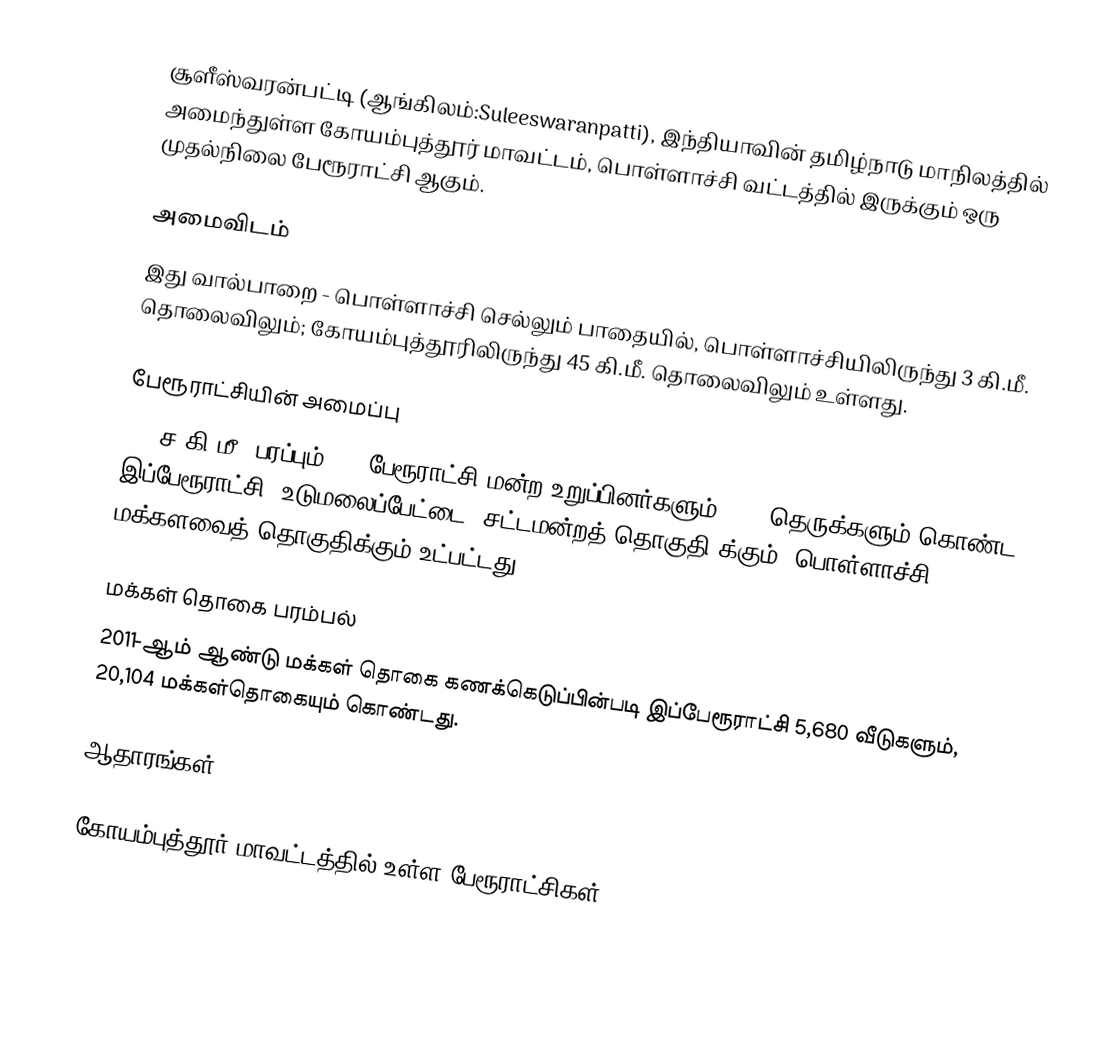
சூளீஸ்வரன்பட்டி (ஆங்கிலம்:Suleeswaranpatti), இந்தியாவின் தமிழ்நாடு மாநிலத்தில் அமைந்துள்ள கோயம்புத்தூர் மாவட்டம், பொள்ளாச்சி வட்டத்தில் இருக்கும் ஒரு முதல்நிலை பேரூராட்சி ஆகும்.

அமைவிடம்
இது வால்பாறை - பொள்ளாச்சி செல்லும் பாதையில்,  பொள்ளாச்சியிலிருந்து 3 கி.மீ. தொலைவிலும்; கோயம்புத்தூரிலிருந்து 45 கி.மீ. தொலைவிலும் உள்ளது.

பேரூராட்சியின் அமைப்பு
5.5 ச.கி.மீ. பரப்பும், 15 பேரூராட்சி மன்ற உறுப்பினர்களும், 131 தெருக்களும்  கொண்ட இப்பேரூராட்சி,  உடுமலைப்பேட்டை  (சட்டமன்றத் தொகுதி)க்கும், பொள்ளாச்சி மக்களவைத் தொகுதிக்கும் உட்பட்டது.

மக்கள் தொகை பரம்பல்
2011-ஆம் ஆண்டு மக்கள் தொகை கணக்கெடுப்பின்படி  இப்பேரூராட்சி   5,680  வீடுகளும், 20,104 மக்கள்தொகையும் கொண்டது.

ஆதாரங்கள்

கோயம்புத்தூர் மாவட்டத்தில் உள்ள பேரூராட்சிகள்